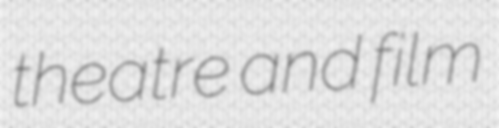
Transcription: theatre and film